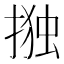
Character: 𭡫